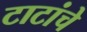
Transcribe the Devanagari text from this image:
टाटांचे